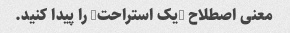
معنی اصطلاح "یک استراحت" را پیدا کنید.